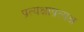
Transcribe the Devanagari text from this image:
प्रत्यक्षाप्रत्यक्ष